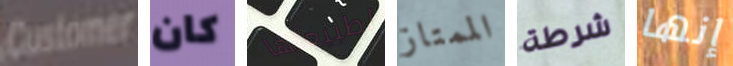
Customer كان لطبيعتها الممتاز شرطة إنها